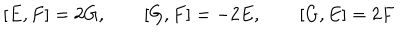
[ E , F ] = 2 G , \qquad [ G , F ] = - 2 E , \qquad [ G , E ] = 2 F